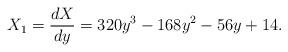
LaTeX: \begin{align*} X_1 = \frac{dX}{dy} = 320y^3-168y^2-56y+14 . \end{align*}